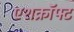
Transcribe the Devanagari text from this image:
एशक्रॉफ्ट